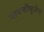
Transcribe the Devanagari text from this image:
गायकीमुळेच